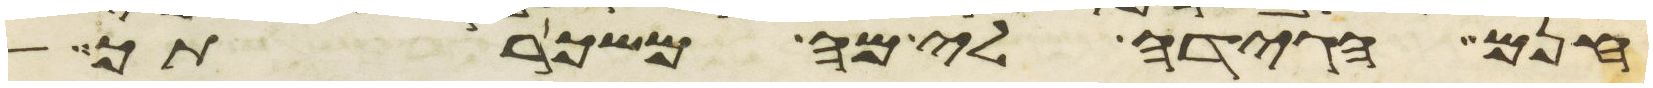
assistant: חנם הגידה לי מה משכרתך